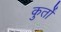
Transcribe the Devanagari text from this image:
कुर्तों